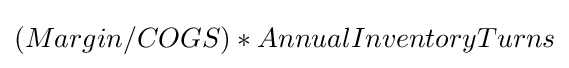
(Margin/COGS)*AnnualInventoryTurns